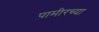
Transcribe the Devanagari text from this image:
पामीरच्या